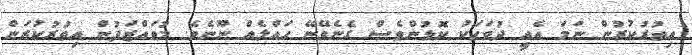
އިތުރުކުރުން ނަމަ އެއީ ދުވަހަކު ކޮޅުންވެސް ގެނެވޭނޭ ހައްލެއް ނޫނެވެ. މުވައްޒަފުން އިތުރުކުރަން